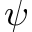
\psi